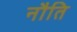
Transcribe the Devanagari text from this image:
नौति